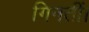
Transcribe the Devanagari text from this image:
गिनतीं।